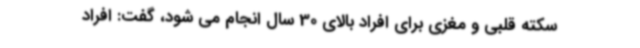
سکته قلبی و مغزی برای افراد بالای 30 سال انجام می شود، گفت: افراد